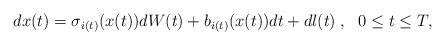
LaTeX: \begin{align*}dx(t)= \sigma_{i(t)}(x(t))dW(t) + b_{i(t)}(x(t))dt + dl(t) \;,~~0\leq t\leq T,\end{align*}